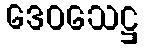
ဒေဝသေဋ္ဌ